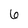
Character: 6